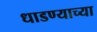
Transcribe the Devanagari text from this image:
धाडण्याच्या